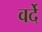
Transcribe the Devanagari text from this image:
वर्देे